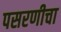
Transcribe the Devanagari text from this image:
पसरणीचा